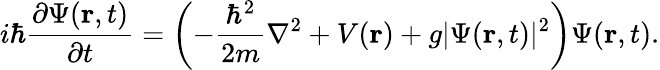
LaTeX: i\hbar{\frac{\partial\Psi(\mathbf{r},t)}{\partial t}}=\left(-{\frac{\hbar^{2}}{2m}}\nabla^{2}+V(\mathbf{r})+g\vert\Psi(\mathbf{r},t)\vert^{2}\right)\Psi(\mathbf{r},t).